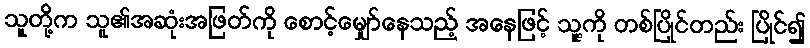
သူတို့က သူ၏အဆုံးအဖြတ်ကို စောင့်မျှော်နေသည့် အနေဖြင့် သူ့ကို တစ်ပြိုင်တည်း ပြိုင်၍